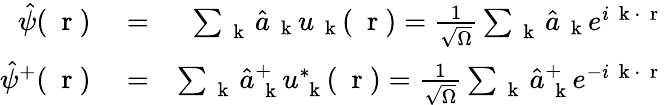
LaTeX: \begin{array}{rlr}{\hat{\psi}(\mathrm{~\mathbf~r~})}&{{}=}&{\sum_{\mathrm{~\mathbf~k~}}\hat{a}_{\mathrm{~\mathbf~k~}}u_{\mathrm{~\mathbf~k~}}(\mathrm{~\mathbf~r~})=\frac{1}{\sqrt{\Omega}}\sum_{\mathrm{~\mathbf~k~}}\hat{a}_{\mathrm{~\mathbf~k~}}e^{i\mathrm{~\mathbf~k~}\cdot\mathrm{~\mathbf~r~}}}\\ {\hat{\psi}^{+}(\mathrm{~\mathbf~r~})}&{{}=}&{\sum_{\mathrm{~\mathbf~k~}}\hat{a}_{\mathrm{~\mathbf~k~}}^{+}u_{\mathrm{~\mathbf~k~}}^{*}(\mathrm{~\mathbf~r~})=\frac{1}{\sqrt{\Omega}}\sum_{\mathrm{~\mathbf~k~}}\hat{a}_{\mathrm{~\mathbf~k~}}^{+}e^{-i\mathrm{~\mathbf~k~}\cdot\mathrm{~\mathbf~r~}}}\end{array}